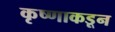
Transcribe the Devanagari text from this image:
कृष्णाकडून